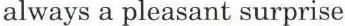
always a pleasant surprise